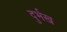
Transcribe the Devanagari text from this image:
दुर्भख